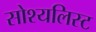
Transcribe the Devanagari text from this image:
सोश्यलिस्ट